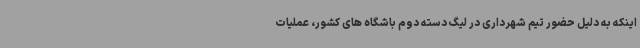
اینکه به دلیل حضور تیم شهرداری در لیگ دسته دوم باشگاه های کشور، عملیات